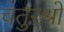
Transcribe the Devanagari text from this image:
चतुरश्रो